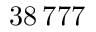
3 8 \, 7 7 7